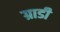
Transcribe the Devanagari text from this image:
ग्राडी